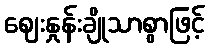
ဈေးနှုန်းချိုသာစွာဖြင့်